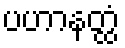
ပဟာနတ္ထံ